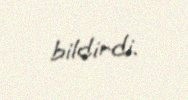
bildirdi.